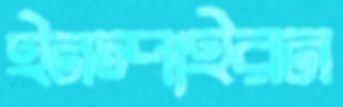
ইনস্পাইরন